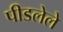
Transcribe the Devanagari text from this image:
पीडलेले